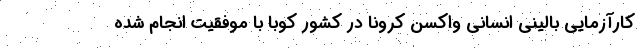
کارآزمایی بالینی انسانی واکسن کرونا در کشور کوبا با موفقیت انجام شده